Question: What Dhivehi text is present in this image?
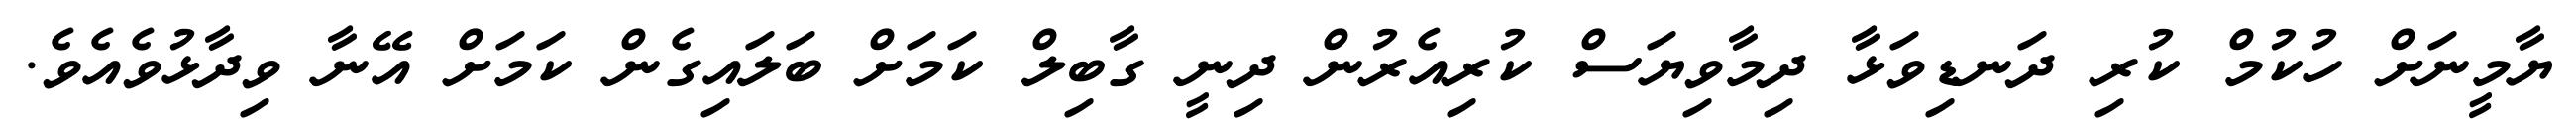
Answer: ޔާމީނަށް ހުކުމް ކުރި ދަނޑިވަޅާ ދިމާވިޔަސް ކުރިއެރުން ދިނީ ގާބިލް ކަމަށް ބަލައިގެން ކަމަށް އޭނާ ވިދާޅުވެއެވެ.